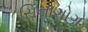
સિનાગોગ